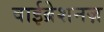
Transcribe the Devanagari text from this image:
वाईब्रेशनज़